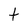
Character: t